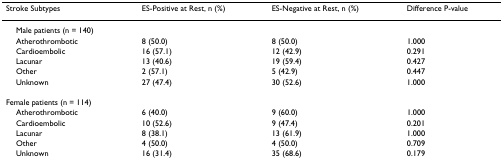
<table><thead><tr><td><b>Stroke Subtypes</b></td><td><b>ES-Positive at Rest, n (%)</b></td><td><b>ES-Negative at Rest, n (%)</b></td><td><b>Difference P-value</b></td></tr></thead><tbody><tr><td> Male patients (n = 140)</td><td></td><td></td><td></td></tr><tr><td> Atherothrombotic</td><td>8 (50.0)</td><td>8 (50.0)</td><td>1.000</td></tr><tr><td> Cardioembolic</td><td>16 (57.1)</td><td>12 (42.9)</td><td>0.291</td></tr><tr><td> Lacunar</td><td>13 (40.6)</td><td>19 (59.4)</td><td>0.427</td></tr><tr><td> Other</td><td>2 (57.1)</td><td>5 (42.9)</td><td>0.447</td></tr><tr><td> Unknown</td><td>27 (47.4)</td><td>30 (52.6)</td><td>1.000</td></tr><tr><td>Female patients (n = 114)</td><td></td><td></td><td></td></tr><tr><td> Atherothrombotic</td><td>6 (40.0)</td><td>9 (60.0)</td><td>1.000</td></tr><tr><td> Cardioembolic</td><td>10 (52.6)</td><td>9 (47.4)</td><td>0.201</td></tr><tr><td> Lacunar</td><td>8 (38.1)</td><td>13 (61.9)</td><td>1.000</td></tr><tr><td> Other</td><td>4 (50.0)</td><td>4 (50.0)</td><td>0.709</td></tr><tr><td> Unknown</td><td>16 (31.4)</td><td>35 (68.6)</td><td>0.179</td></tr></tbody></table>